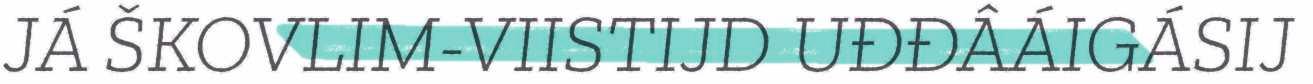
JÁ ŠKOVLIM-VIISTIJD UĐĐÂÁIGÁSIJ